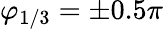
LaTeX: \varphi_{1/3}=\pm 0.5\pi